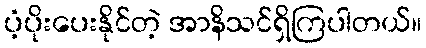
ပံ့ပိုးပေးနိုင်တဲ့ အာနိသင်ရှိကြပါတယ်။